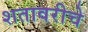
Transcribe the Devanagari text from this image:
शतावरीचे